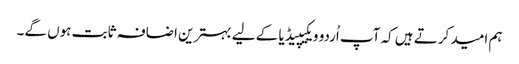
ہم امید کرتے ہیں کہ آپ اُردو ویکیپیڈیا کے لیے بہترین اضافہ ثابت ہوں گے۔